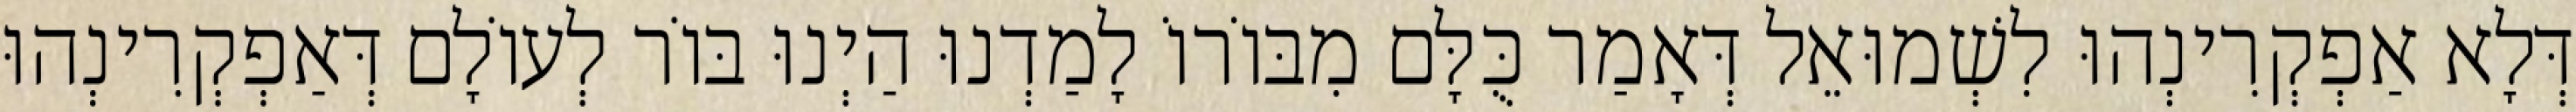
דְּלָא אַפְקְרִינְהוּ לִשְׁמוּאֵל דְּאָמַר כֻּלָּם מִבּוֹרוֹ לָמַדְנוּ הַיְנוּ בּוֹר לְעוֹלָם דְּאַפְקְרִינְהוּ